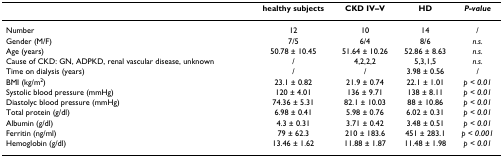
<table><thead><tr><td></td><td><b>healthy subjects</b></td><td><b>CKD IV–V</b></td><td><b>HD</b></td><td><b><i>P-value</i></b></td></tr></thead><tbody><tr><td>Number</td><td>12</td><td>10</td><td>14</td><td>/</td></tr><tr><td>Gender (M/F)</td><td>7/5</td><td>6/4</td><td>8/6</td><td><i>n.s.</i></td></tr><tr><td>Age (years)</td><td>50.78 ± 10.45</td><td>51.64 ± 10.26</td><td>52.86 ± 8.63</td><td><i>n.s.</i></td></tr><tr><td>Cause of CKD: GN, ADPKD, renal vascular disease, unknown</td><td>/</td><td>4,2,2,2</td><td>5,3,1,5</td><td><i>n.s.</i></td></tr><tr><td>Time on dialysis (years)</td><td>/</td><td>/</td><td>3.98 ± 0.56</td><td>/</td></tr><tr><td>BMI (kg/m<sup>2</sup>)</td><td>23.1 ± 0.82</td><td>21.9 ± 0.74</td><td>22.1 ± 1.01</td><td><i>p &lt; 0.01</i></td></tr><tr><td>Systolic blood pressure (mmHg)</td><td>120 ± 4.01</td><td>136 ± 9.71</td><td>138 ± 8.11</td><td><i>p &lt; 0.01</i></td></tr><tr><td>Diastolyc blood pressure (mmHg)</td><td>74.36 ± 5.31</td><td>82.1 ± 10.03</td><td>88 ± 10.86</td><td><i>p &lt; 0.01</i></td></tr><tr><td>Total protein (g/dl)</td><td>6.98 ± 0.41</td><td>5.98 ± 0.76</td><td>6.02 ± 0.31</td><td><i>p &lt; 0.01</i></td></tr><tr><td>Albumin (g/dl)</td><td>4.3 ± 0.31</td><td>3.71 ± 0.42</td><td>3.48 ± 0.51</td><td><i>p &lt; 0.01</i></td></tr><tr><td>Ferritin (ng/ml)</td><td>79 ± 62.3</td><td>210 ± 183.6</td><td>451 ± 283.1</td><td><i>p &lt; 0.001</i></td></tr><tr><td>Hemoglobin (g/dl)</td><td>13.46 ± 1.62</td><td>11.88 ± 1.87</td><td>11.48 ± 1.98</td><td><i>p &lt; 0.01</i></td></tr></tbody></table>